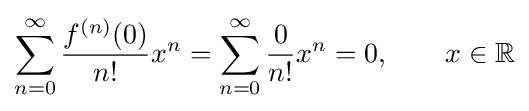
\sum _{n=0}^{\infty }{\frac {f^{(n)}(0)}{n!}}x^{n}=\sum _{n=0}^{\infty }{\frac {0}{n!}}x^{n}=0,\qquad x\in \mathbb {R}